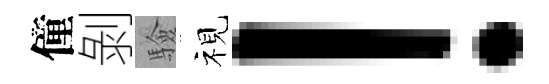
僮剝驗视！